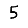
Digit: 5